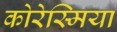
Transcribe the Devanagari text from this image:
कोरेस्मिया